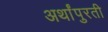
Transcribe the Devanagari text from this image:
अर्थांपुरती